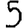
Digit: 5